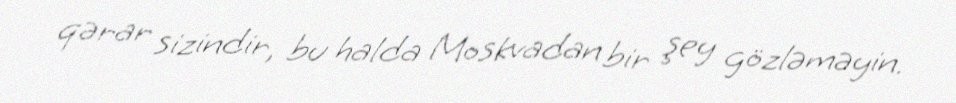
qərar sizindir, bu halda Moskvadan bir şey gözləməyin.